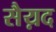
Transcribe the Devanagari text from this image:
सैय़द